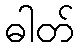
ဓါတ်